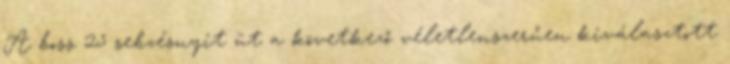
A boss 25 sebzésnyit üt a következő véletlenszerűen kiválasztott